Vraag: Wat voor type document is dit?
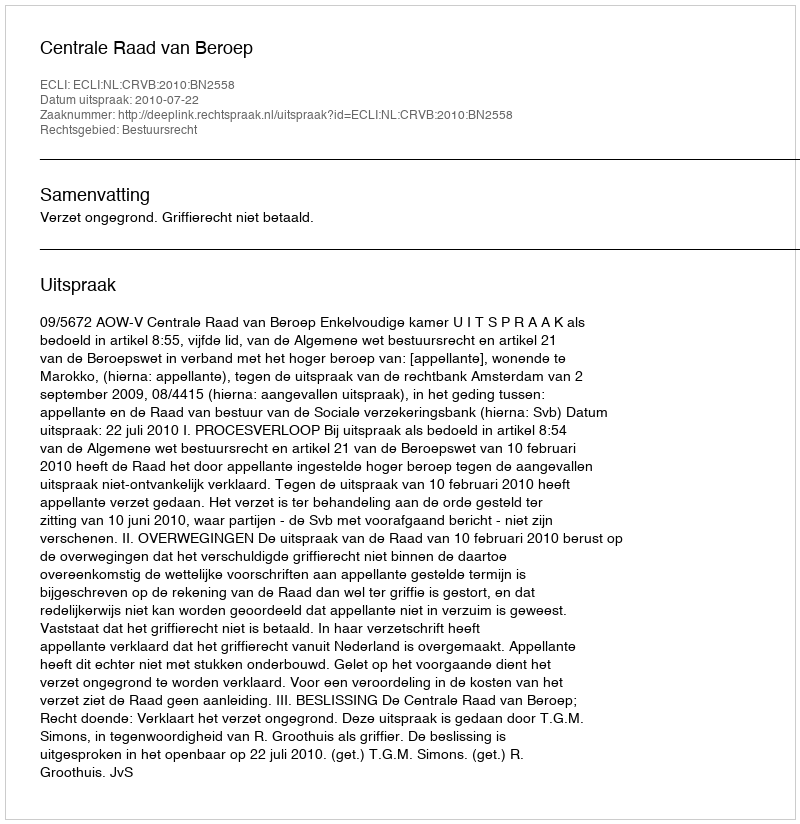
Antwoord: Uitspraak